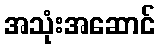
အသုံးအဆောင်